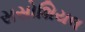
સસોશિયલ